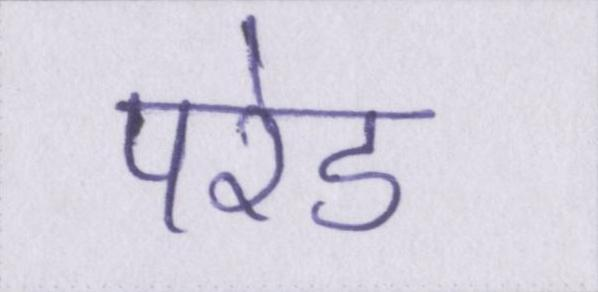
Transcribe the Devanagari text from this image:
परेड